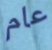
عام